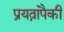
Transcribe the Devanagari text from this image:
प्रयत्नांपैकी